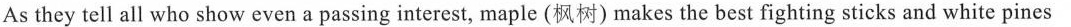
As they tell all who show even a passing interest, maple(枫树) makes the best fighting sticks and white pines